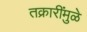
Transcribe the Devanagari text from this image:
तक्रारींमुळे